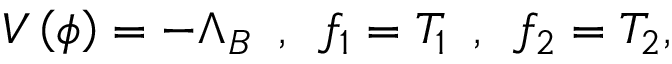
V \left( \phi \right) = - \Lambda _ { B } \, \, \, , \, \, \, f _ { 1 } = T _ { 1 } \, \, \, , \, \, \, f _ { 2 } = T _ { 2 } ,